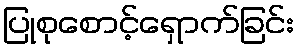
ပြုစုစောင့်ရှောက်ခြင်း